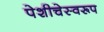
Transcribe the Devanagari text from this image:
पेशीचेस्वरूप